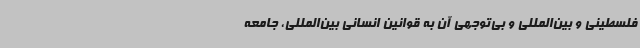
فلسطینی و بین‌المللی و بی‌توجهی آن به قوانین انسانی بین‌المللی، جامعه